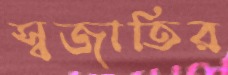
স্বজাতির